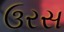
ઉરસ